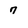
Character: 7